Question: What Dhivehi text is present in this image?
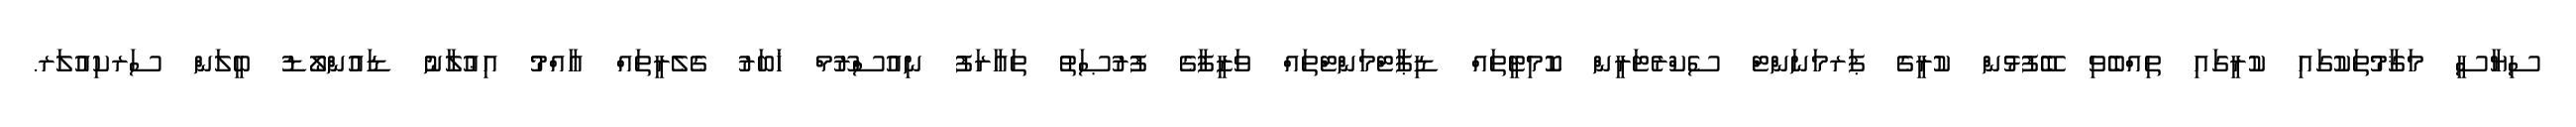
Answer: ސިޔާސީ މަޤާމުތަކުގައި ކުރީގައި ތިއްބެވި ބޭފުޅުން ކުރީގެ ޕަރމަނަންޓް ސެކްރެޓަރީން ކޮމިޓީތައް ޑިޕާޓްމަންޓްތައް ވަޒީފާގެ ފުރުޞަތު ތަޢާރަފު ނިއުސްރޫމް ޚަބަރު ގެލެރީތައް ޢާއްމު އިޢުލާނު ޑައުންލޯޑު ބީލަން ސަރކިއުލަރ.